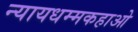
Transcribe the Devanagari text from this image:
न्यायधम्मकहाओ